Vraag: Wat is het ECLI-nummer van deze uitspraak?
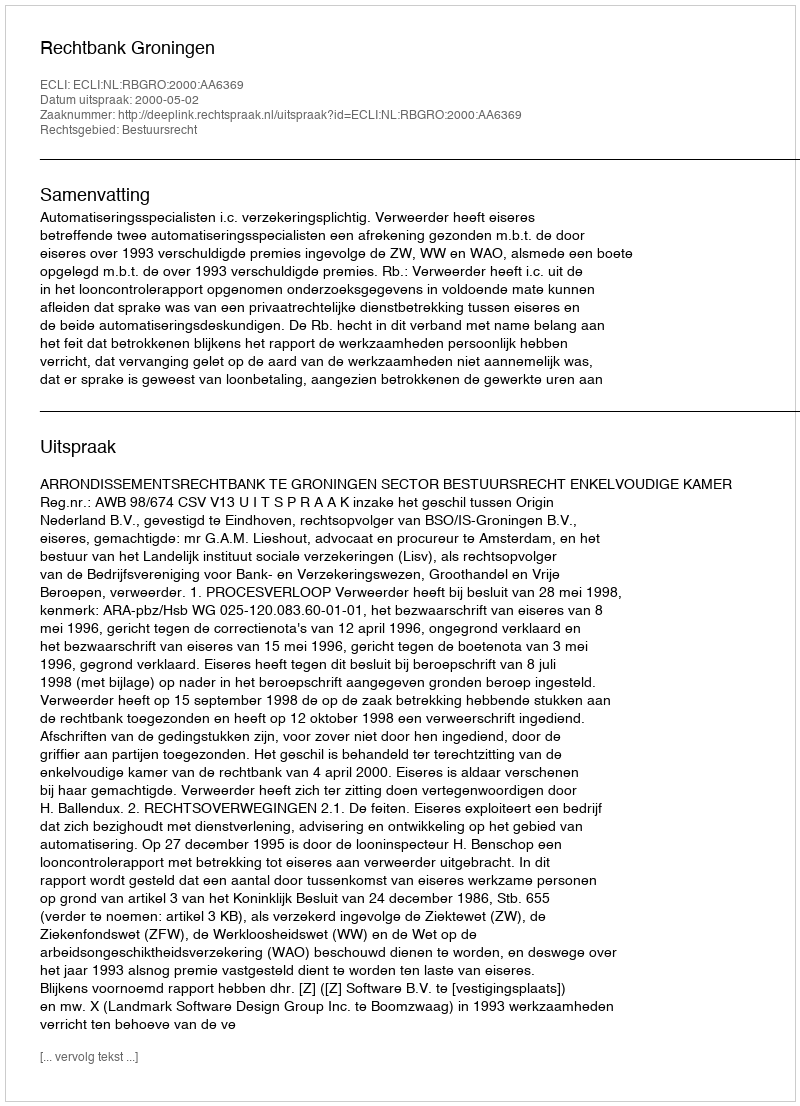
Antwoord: ECLI:NL:RBGRO:2000:AA6369